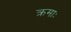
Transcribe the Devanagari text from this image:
क्रमाः